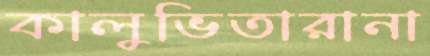
কালুভিতারানা